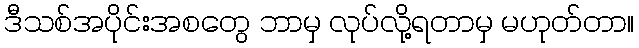
ဒီသစ်အပိုင်းအစတွေ ဘာမှ လုပ်လို့ရတာမှ မဟုတ်တာ။